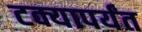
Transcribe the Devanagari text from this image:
टक्यापर्यंत